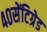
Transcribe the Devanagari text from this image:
४०सेंटिग्रेड